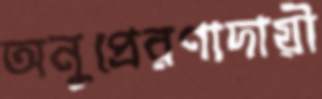
অনুপ্রেরণাদায়ী